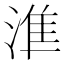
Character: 𰜛